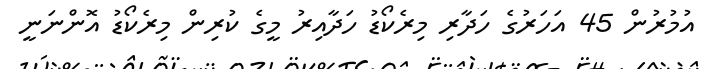
އުމުރުން 45 އަހަރުގެ ހަދާރި މިރެކޯޑު ހަދާއިރު މީގެ ކުރިން މިރެކޯޑު އޮންނަނީ